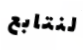
لنتابع